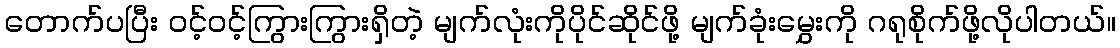
တောက်ပပြီး ဝင့်ဝင့်ကြွားကြွားရှိတဲ့ မျက်လုံးကိုပိုင်ဆိုင်ဖို့ မျက်ခုံးမွှေးကို ဂရုစိုက်ဖို့လိုပါတယ်။